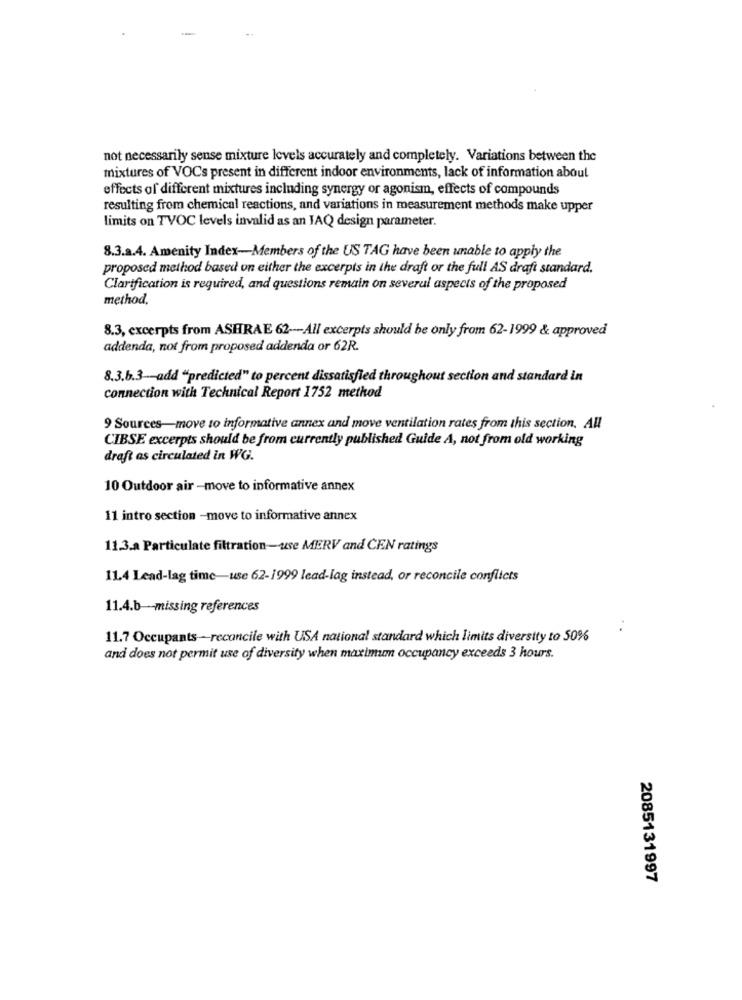
not necessarily sense mixture levels accurately and completely. Variations between the
mixtures of VOCs present in different indoor environments, lack of information about
effects of different mixtures including synergy or agonism, effects of compounds
resulting from chemical reactions, and variations in measurement methods make upper
limits on TVOC levels invalid as an JAQ design parameter.
8.3.a.4. Amenity Index-Members of the US TAG have been unable to apply the
proposed method based on either the excerpts in the draft or the full AS draft standard.
Clarification is required, and questions remain on several aspects of the proposed
method.
8.3, excerpts from ASHRAE 62 --- All excerpts should be only from 62-1999 & approved
addenda, not from proposed addenda or 62R.
8.3.b.3-add "predicted" to percent dissatisfied throughout section and standard in
connection with Technical Report 1752 method
9 Sources-move to informative annex and move ventilation rates from this section, AU
CIBSE excerpts should be from currently published Guide A, not from old working
draft as circulated in WG.
10 Outdoor air -move to informative annex
11 intro section -move to informative annex
11.3.a Particulate filtration-use MEERV and CEN ratings
11.4 Lead-lag time-use 62-1999 lead-lag instead, or reconcile conflicts
11.4.b-missing references
11.7 Occupants-reconcile with USA national standard which limits diversity to 50%
and does not permit use of diversity when maximum occupancy exceeds 3 hours.
2085131997